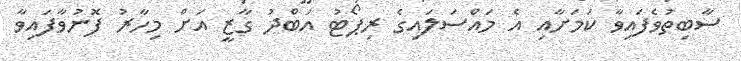
ސާބިތުވެފައިވާ ކަމަށާއި އެ މައްސަލައިގެ ރިޕޯޓު އަބްދު ގާޒީ އަށް މިހާރު ފޮނުވާފައިވާ